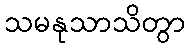
သမနုသာသိတွာ